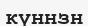
күннзн